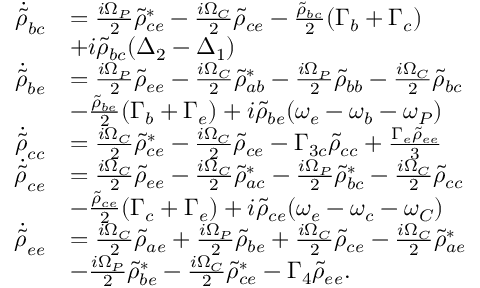
\begin{array} { r l } { \dot { \Tilde { \rho } } _ { b c } } & { = \frac { i \Omega _ { P } } { 2 } \Tilde { \rho } _ { c e } ^ { * } - \frac { i \Omega _ { C } } { 2 } \Tilde { \rho } _ { c e } - \frac { \Tilde { \rho } _ { b c } } { 2 } ( \Gamma _ { b } + \Gamma _ { c } ) } \\ & { + i \Tilde { \rho } _ { b c } ( \Delta _ { 2 } - \Delta _ { 1 } ) } \\ { \dot { \Tilde { \rho } } _ { b e } } & { = \frac { i \Omega _ { P } } { 2 } \Tilde { \rho } _ { e e } - \frac { i \Omega _ { C } } { 2 } \Tilde { \rho } _ { a b } ^ { * } - \frac { i \Omega _ { P } } { 2 } \Tilde { \rho } _ { b b } - \frac { i \Omega _ { C } } { 2 } \tilde { \rho } _ { b c } } \\ & { - \frac { \Tilde { \rho } _ { b e } } { 2 } ( \Gamma _ { b } + \Gamma _ { e } ) + i \Tilde { \rho } _ { b e } ( \omega _ { e } - \omega _ { b } - \omega _ { P } ) } \\ { \dot { \Tilde { \rho } } _ { c c } } & { = \frac { i \Omega _ { C } } { 2 } \Tilde { \rho } _ { c e } ^ { * } - \frac { i \Omega _ { C } } { 2 } \Tilde { \rho } _ { c e } - \Gamma _ { 3 c } \Tilde { \rho } _ { c c } + \frac { \Gamma _ { e } \Tilde { \rho } _ { e e } } { 3 } } \\ { \dot { \Tilde { \rho } } _ { c e } } & { = \frac { i \Omega _ { C } } { 2 } \Tilde { \rho } _ { e e } - \frac { i \Omega _ { C } } { 2 } \Tilde { \rho } _ { a c } ^ { * } - \frac { i \Omega _ { P } } { 2 } \Tilde { \rho } _ { b c } ^ { * } - \frac { i \Omega _ { C } } { 2 } \Tilde { \rho } _ { c c } } \\ & { - \frac { \Tilde { \rho } _ { c e } } { 2 } ( \Gamma _ { c } + \Gamma _ { e } ) + i \Tilde { \rho } _ { c e } ( \omega _ { e } - \omega _ { c } - \omega _ { C } ) } \\ { \dot { \Tilde { \rho } } _ { e e } } & { = \frac { i \Omega _ { C } } { 2 } \Tilde { \rho } _ { a e } + \frac { i \Omega _ { P } } { 2 } \Tilde { \rho } _ { b e } + \frac { i \Omega _ { C } } { 2 } \Tilde { \rho } _ { c e } - \frac { i \Omega _ { C } } { 2 } \Tilde { \rho } _ { a e } ^ { * } } \\ & { - \frac { i \Omega _ { P } } { 2 } \Tilde { \rho } _ { b e } ^ { * } - \frac { i \Omega _ { C } } { 2 } \Tilde { \rho } _ { c e } ^ { * } - \Gamma _ { 4 } \Tilde { \rho } _ { e e } . } \end{array}